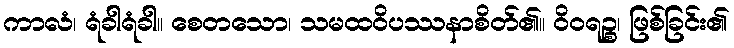
ကာလံ၊ ရံခါရံခါ။ စေတသော၊ သမထဝိပဿနာစိတ်၏။ ဝိဝရဉ္စ၊ ဖြစ်ခြင်း၏